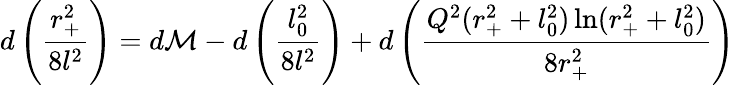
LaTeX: d\left(\frac{r_{+}^{2}}{8l^{2}}\right)=d\mathcal{M}-d\left(\frac{l_{0}^{2}}{8l^{2}}\right)+d\left(\frac{Q^{2}(r_{+}^{2}+l_{0}^{2})\ln(r_{+}^{2}+l_{0}^{2})}{8r_{+}^{2}}\right)